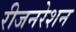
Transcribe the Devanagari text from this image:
रीजनरेशन